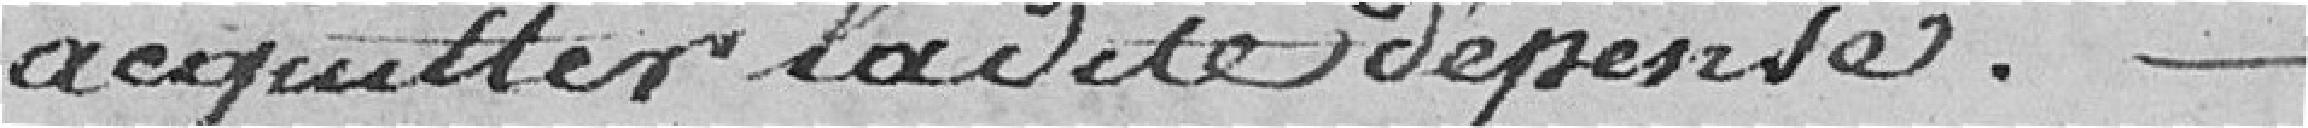
acquitter la dite dépense.